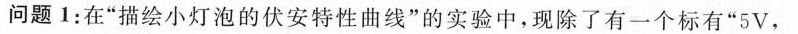
问题1：在”描绘小灯泡的伏安特性曲线”的实验中，现除了有一个标有”5V，